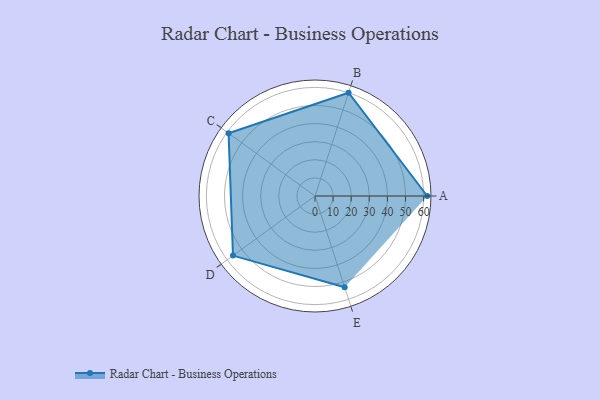
{"axis": {"x": "Skill", "y": "Score"}, "legend": ["Profile"], "data": [{"x": "A", "y": 62.0, "type": "Profile"}, {"x": "B", "y": 60.0, "type": "Profile"}, {"x": "C", "y": 59.0, "type": "Profile"}, {"x": "D", "y": 56.0, "type": "Profile"}, {"x": "E", "y": 53.0, "type": "Profile"}]}